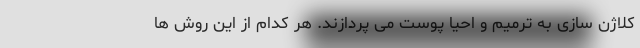
کلاژن سازی به ترمیم و احیا پوست می پردازند. هر کدام از این روش ها